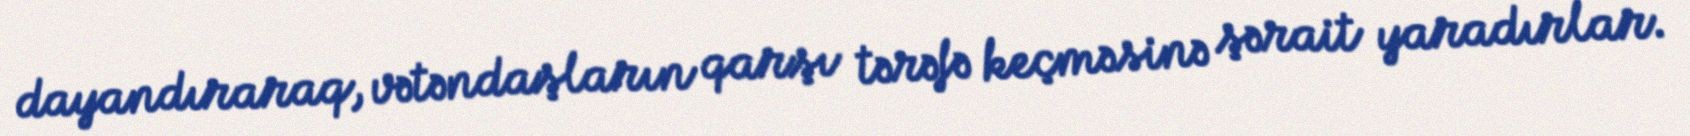
dayandıraraq, vətəndaşların qarşı tərəfə keçməsinə şərait yaradırlar.